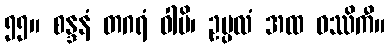
၅၅။ စန္ဒနံ တဂရံ ဝါပိ၊ ဥပ္ပလံ အထ ဝဿိကီ။